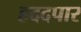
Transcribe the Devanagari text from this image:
हददपार